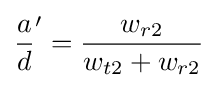
{\frac {a}{d}}'={\frac {w_{r2}}{w_{t2}+w_{r2}}}